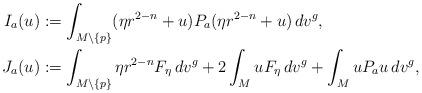
LaTeX: \begin{align*}I_a(u)&:=\int_{M\setminus\{p\}}(\eta r^{2-n}+u)P_a(\eta r^{2-n}+u)\,dv^g,\\J_a(u)&:=\int_{M\setminus\{p\}}\eta r^{2-n}F_{\eta}\,dv^g+2\int_{M}uF_{\eta}\,dv^g+\int_{M}uP_au\,dv^g,\end{align*}